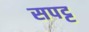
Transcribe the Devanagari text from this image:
सपट्ट